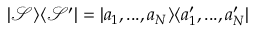
| \mathcal { S } \rangle \langle \mathcal { S } ^ { \prime } | = | a _ { 1 } , . . . , a _ { N } \rangle \langle a _ { 1 } ^ { \prime } , . . . , a _ { N } ^ { \prime } |